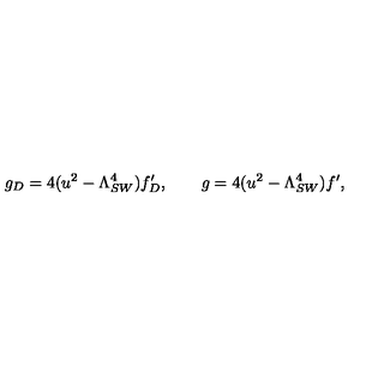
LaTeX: g _ { D } = 4 ( u ^ { 2 } - \Lambda _ { S W } ^ { 4 } ) f _ { D } ^ { \prime } , \qquad g = 4 ( u ^ { 2 } - \Lambda _ { S W } ^ { 4 } ) f ^ { \prime } ,